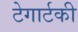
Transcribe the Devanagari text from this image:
टेगार्टकी